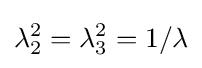
\lambda _{2}^{2}=\lambda _{3}^{2}=1/\lambda